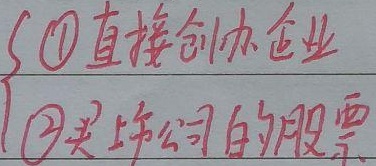
$\begin{cases}\text{\textcircled{1} 直接创办企业 }\\\text{\textcircled{2} 买上市公司的股票}\end{cases}$